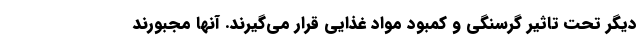
دیگر تحت تاثیر گرسنگی و کمبود مواد غذایی قرار می‌گیرند. آنها مجبورند